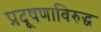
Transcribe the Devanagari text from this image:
प्रदूषणाविरुद्ध